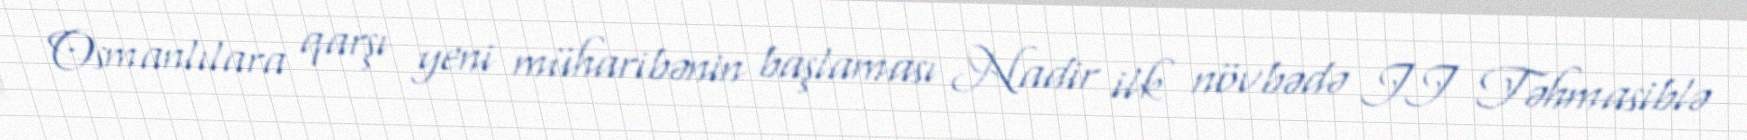
Osmanlılara qarşı yeni müharibənin başlaması Nadir ilk növbədə II Təhmasiblə